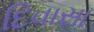
દિવાસા